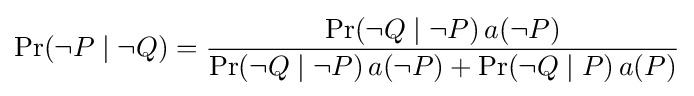
\Pr(\lnot P\mid \lnot Q)={\frac {\Pr(\lnot Q\mid \lnot P)\,a(\lnot P)}{\Pr(\lnot Q\mid \lnot P)\,a(\lnot P)+\Pr(\lnot Q\mid P)\,a(P)}}